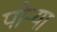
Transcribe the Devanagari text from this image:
पोऱ्या